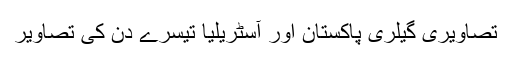
تصاویری گیلری پاکستان اور آسٹریلیا تیسرے دن کی تصاویر